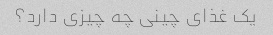
یک غذای چینی چه چیزی دارد؟